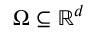
\Omega \subseteq \mathbb { R } ^ { d }